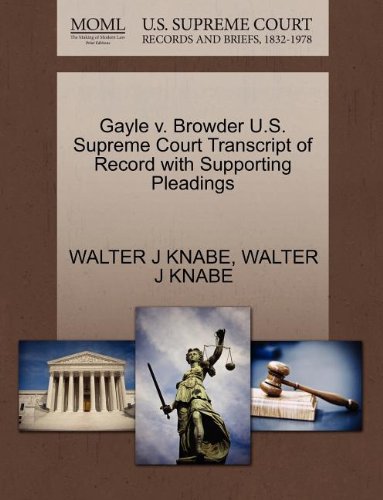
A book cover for Gayle v. Browder U.S. Supreme Court Transcript of Record with Supporting Pleadings; WALTER J KNABE; Law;